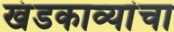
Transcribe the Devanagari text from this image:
खंडकाव्यांचा